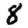
Digit: 8